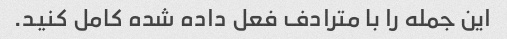
این جمله را با مترادف فعل داده شده کامل کنید.